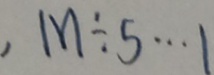
, M \div 5 \cdots 1